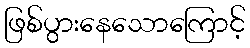
ဖြစ်ပွားနေသောကြောင့်